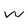
Character: w